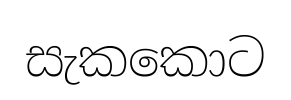
සැකකොට